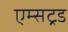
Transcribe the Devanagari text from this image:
एम्सट्रड